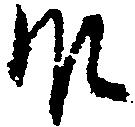
殿